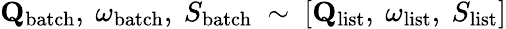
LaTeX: \mathbf{Q}_{\mathrm{batch}},\ \omega_{\mathrm{batch}},\ S_{\mathrm{batch}}\ \sim\ [\mathbf{Q}_{\mathrm{list}},\ \omega_{\mathrm{list}},\ S_{\mathrm{list}}]